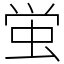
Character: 蛍